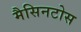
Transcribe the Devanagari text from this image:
मैसिनटोस